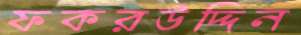
ফকরউদ্দিন